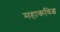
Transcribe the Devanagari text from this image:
महाकवित्व